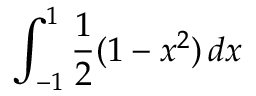
\displaystyle \int _ { - 1 } ^ { 1 } { \frac { 1 } { 2 } } ( 1 - x ^ { 2 } ) \, d x